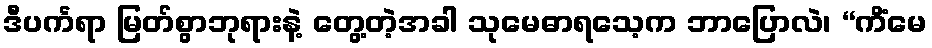
ဒီပင်္ကရာ မြတ်စွာဘုရားနဲ့ တွေ့တဲ့အခါ သုမေဓာရသေ့က ဘာပြောလဲ၊ “ကိံမေ